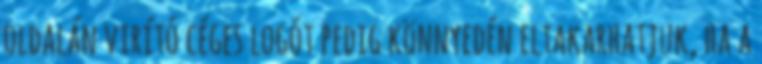
oldalán virító céges logót pedig könnyedén eltakarhatjuk, ha a